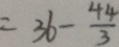
= 3 6 - \frac { 4 4 } { 3 }